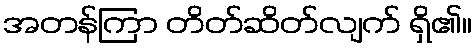
အတန်ကြာ တိတ်ဆိတ်လျက် ရှိ၏။